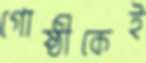
গোষ্ঠীকেই